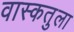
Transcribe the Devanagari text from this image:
वास्कतुला